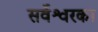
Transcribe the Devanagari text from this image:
सर्वेश्वरका